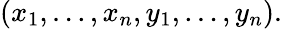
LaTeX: (x_{1},\ldots,x_{n},y_{1},\ldots,y_{n}).